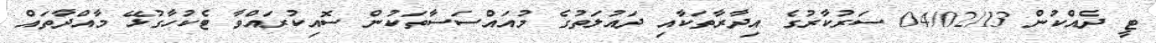
ޓީ ދެއްކުން 04/02/13 ސަރުކާރުގެ އިދާރާތަކާއި ދައުލަތުގެ މުއައްސަސާތަކުން ސޮއިކުރައްވާ ޓެކުހާގުޅޭ މާއްދާތައް